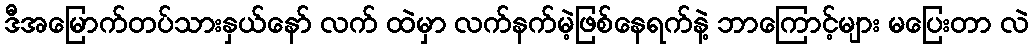
ဒီအမြောက်တပ်သားနှယ်နော် လက် ထဲမှာ လက်နက်မဲ့ဖြစ်နေရက်နဲ့ ဘာကြောင့်များ မပြေးတာ လဲ